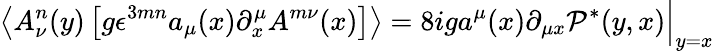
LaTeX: \left\langle A_{\nu}^{n}(y)\left[g\epsilon^{3mn}a_{\mu}(x)\partial_{x}^{\mu}A^{m\nu}(x)\right]\right\rangle=8iga^{\mu}(x)\partial_{\mu x}\mathcal P^{*}(y,x)\Bigr|_{y=x}